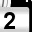
Digit: 2